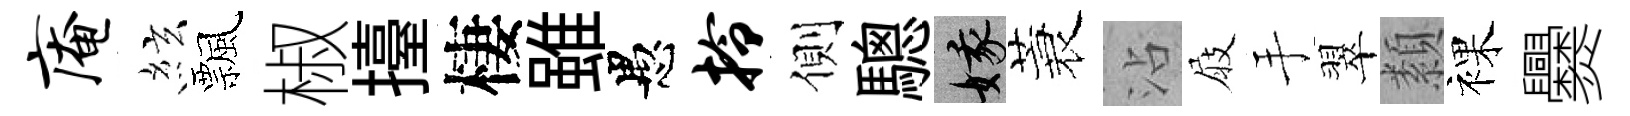
庵絃飄椒擡棲雖愚拎側驄娥蓑沾屐手翠纇裸爨